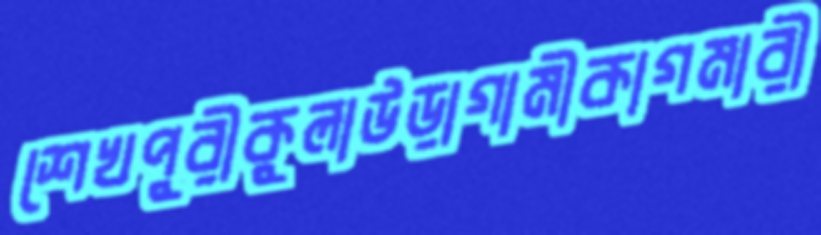
শেখপুরীকুলাউড়াগামীকাগমারী